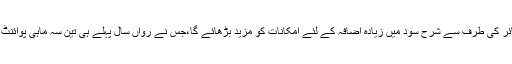
یہ اعداد و شمار وفاقی ذخائر کی طرف سے شرح سود میں زیادہ اضافہ کے لئے امکانات کو مزید بڑھائے گا،جس نے رواں سال پہلے ہی تین سہ ماہی پوائنٹ کے ذریعے بڑھا دیا ہے۔